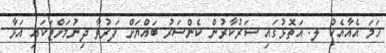
ހަމަ އެއާއެކު ލ. އަތޮޅުގައި ސަރުކާރުން ކެންސަރު ބައްޔަށް ފަރުވާ ދިނުމަށްޓަކައި އަޅާ